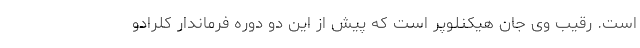
است. رقیب وی جان هیکنلوپر است که پیش از این دو دوره فرماندار کلرادو